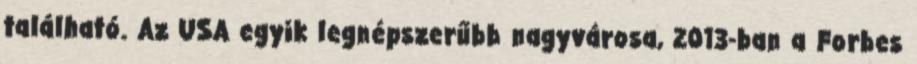
található. Az USA egyik legnépszerűbb nagyvárosa, 2013-ban a Forbes